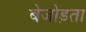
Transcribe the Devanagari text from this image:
बेजोड़ता